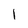
Character: I